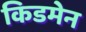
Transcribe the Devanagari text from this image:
किडमेन